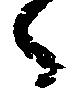
々